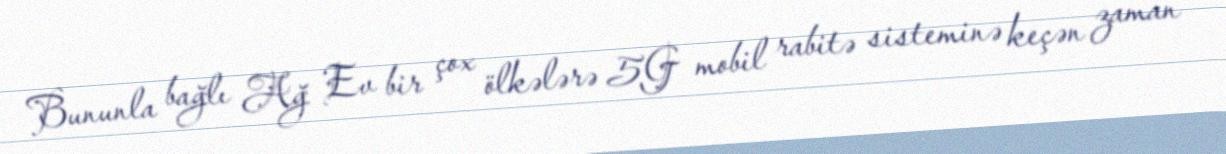
Bununla bağlı Ağ Ev bir çox ölkələrə 5G mobil rabitə sisteminə keçən zaman